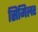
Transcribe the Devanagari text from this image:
सिमिलर